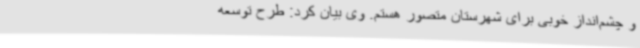
و چشم‌انداز خوبی برای شهرستان متصور هستم. وی بیان کرد: طرح توسعه